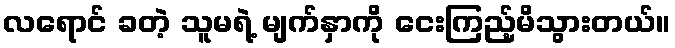
လရောင် ခတဲ့ သူမရဲ့ မျက်နှာကို ငေးကြည့်မိသွားတယ်။